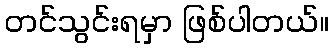
တင်သွင်းရမှာ ဖြစ်ပါတယ်။